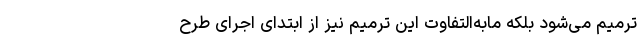
ترمیم می‌شود بلکه مابه‌التفاوت این ترمیم نیز از ابتدای اجرای طرح